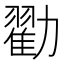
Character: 𫦼